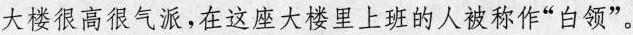
大楼很高很气派，在这座大楼里上班的人被称作”白领”。